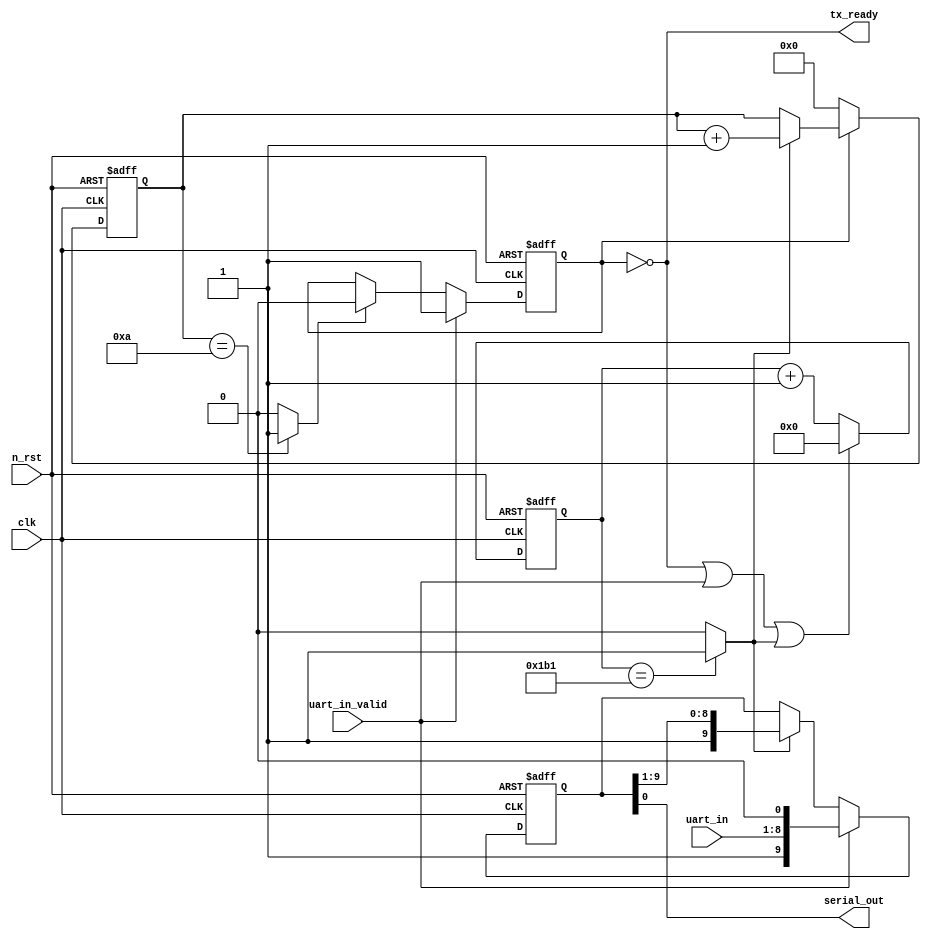
module uart_tx#(
    parameter CLK_FREQ = 50_000_000,
    parameter BAUD_RATE = 115_200
)(
    input clk,
    input n_rst,

    input [7:0] uart_in,
    input uart_in_valid,
    output tx_ready,

    output serial_out
);

    localparam TIME_EDGE = CLK_FREQ / BAUD_RATE;
    localparam CNT_WIDTH = $clog2(TIME_EDGE);

    //internal registers
    reg busy;
    reg [CNT_WIDTH-1:0] clk_cnt;
    reg [3:0] buff_cnt;
    reg [9:0] buffer;
    reg s_out;

    //internal flags
    wire cnt_reset;
    wire symbol_edge;
    wire eob;

    //flag assignment
    //uart BPS tick
    assign symbol_edge = (clk_cnt == (TIME_EDGE-1)) ? 1'b1 : 1'b0;

    //clock counter reset flag
    assign cnt_reset = (!busy) || (uart_in_valid) || (symbol_edge);

    //end of buffer
    assign eob = (buff_cnt == 4'hA) ? 1'b1 : 1'b0;

    //output assignment
    assign tx_ready = !busy;
    assign serial_out = s_out;

    //busy control
    always @(posedge clk or negedge n_rst)begin
        if(!n_rst)
            busy <= 1'b0;
        else if(uart_in_valid)
            busy <= 1'b1;
        else if(eob)
            busy <= 1'b0;
        else
            busy <= busy;
    end

    //clock counter
    always @(posedge clk or negedge n_rst)begin
        if(!n_rst)
            clk_cnt <= 0;
        else if(cnt_reset)
            clk_cnt <= 0;
        else
            clk_cnt <= clk_cnt + 1;
    end

    //uart output buffer
    always @(posedge clk or negedge n_rst)begin
        if(!n_rst)
            buffer <= 10'h3FF;
        else if(uart_in_valid)
            buffer <= {1'b1, uart_in, 1'b0};
        else if(symbol_edge)
            buffer <= {1'b1, buffer[9:1]};
        else
            buffer <= buffer;
    end

    //Serial Out value
    always @(*)begin
        s_out = buffer[0];
    end

    //buffer bit counter    
    always @(posedge clk or negedge n_rst)begin
        if(!n_rst)
            buff_cnt <= 4'h0;
        else if(!busy)
            buff_cnt <= 4'h0;
        else if(symbol_edge)
            buff_cnt <= buff_cnt + 4'h1;
        else
            buff_cnt <= buff_cnt;
    end
endmodule